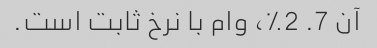
آن 7. 2٪، وام با نرخ ثابت است.